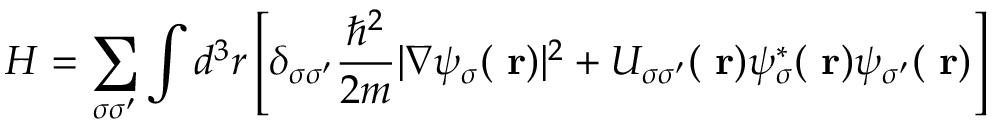
H = \sum _ { \sigma \sigma ^ { \prime } } \int d ^ { 3 } r \left[ \delta _ { \sigma \sigma ^ { \prime } } \frac { \hbar ^ { 2 } } { 2 m } | \nabla \psi _ { \sigma } ( \mathrm { \bf ~ r } ) | ^ { 2 } + U _ { \sigma \sigma ^ { \prime } } ( \mathrm { \bf ~ r } ) \psi _ { \sigma } ^ { * } ( \mathrm { \bf ~ r } ) \psi _ { \sigma ^ { \prime } } ( \mathrm { \bf ~ r } ) \right]